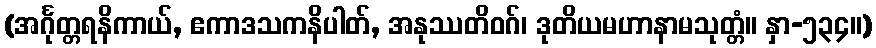
(အင်္ဂုတ္တရနိကာယ်, ဧကာဒသကနိပါတ်, အနုဿတိဝဂ်၊ ဒုတိယမဟာနာမသုတ္တံ။ နှာ-၅၃၄။)